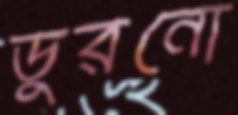
ডুরনো